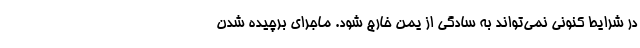
در شرایط کنونی نمی‌تواند به سادگی از یمن خارج شود. ماجرای برچیده شدن